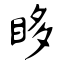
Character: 眵